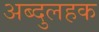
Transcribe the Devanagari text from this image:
अब्दुलहक